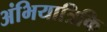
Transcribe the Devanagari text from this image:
अंभियात्रिकि